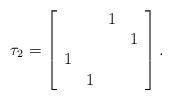
LaTeX: \begin{align*}\tau_2 = \left[\begin{array}{cccc} & & 1 & \\ & & & 1 \\1 & & & \\ & 1 & &\end{array}\right].\end{align*}